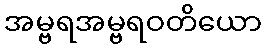
အမ္ဗရအမ္ဗရဝတိယော